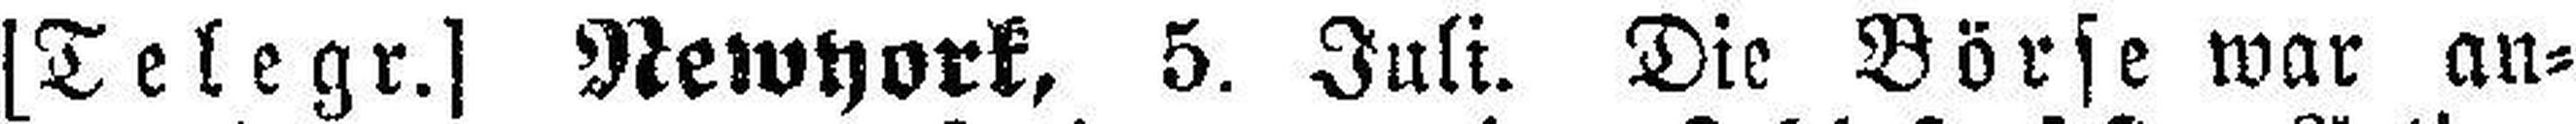
[Telegr.] Newyork, 5. Juli. Die Börse war an¬